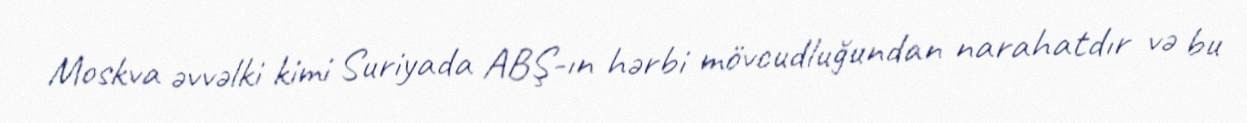
Moskva əvvəlki kimi Suriyada ABŞ-ın hərbi mövcudluğundan narahatdır və bu